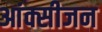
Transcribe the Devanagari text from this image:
आंक्सीजन